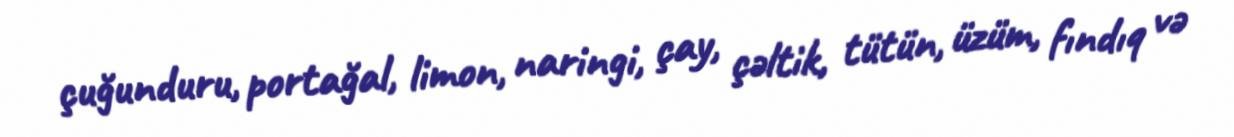
çuğunduru, portağal, limon, naringi, çay, çəltik, tütün, üzüm, fındıq və